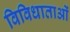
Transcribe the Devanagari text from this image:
विविधाताओं